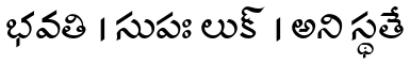
భవతి । సుపః లుక్ । అని స్థతే